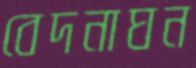
বেদনাঘন